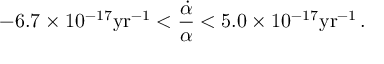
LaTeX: - 6 . 7 \times 1 0 ^ { - 1 7 } \mathrm { y r } ^ { - 1 } < \frac { \dot { \alpha } } { \alpha } < 5 . 0 \times 1 0 ^ { - 1 7 } \mathrm { y r } ^ { - 1 } \, .